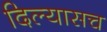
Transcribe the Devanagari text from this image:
दिल्यासच